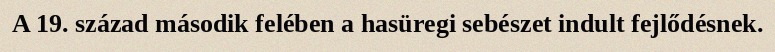
A 19. század második felében a hasüregi sebészet indult fejlődésnek.